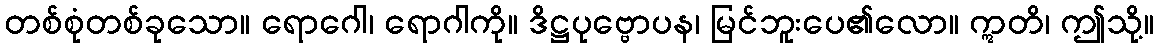
တစ်စုံတစ်ခုသော။ ရောဂေါ၊ ရောဂါကို။ ဒိဋ္ဌပုဗ္ဗောပန၊ မြင်ဘူးပေ၏လော။ ဣတိ၊ ဤသို့။